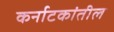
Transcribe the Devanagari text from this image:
कर्नाटकांतील